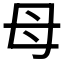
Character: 母